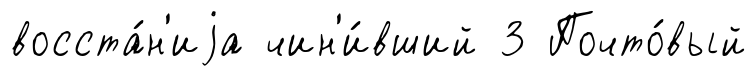
восста́н'иjа чин'и́вший 3 Почто́вый